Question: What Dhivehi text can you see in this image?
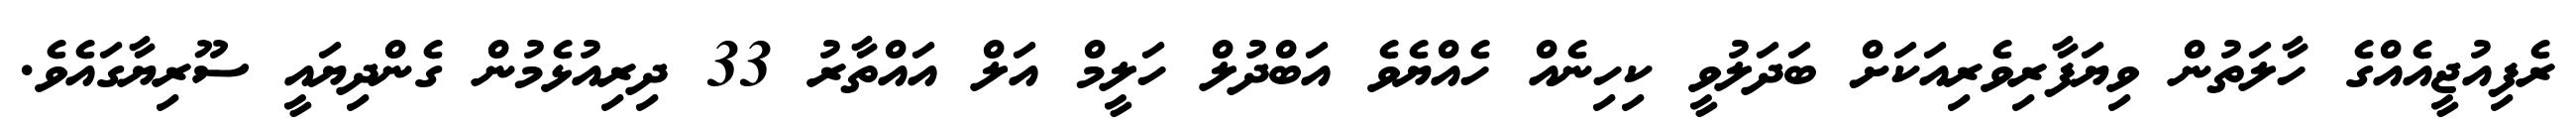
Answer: ރެފިއުޖީއެއްގެ ހާލަތުން ވިޔަފާރިވެރިއަކަށް ބަދަލުވީ ކިހިނެއް ހެއްޔެވެ އަބްދުލް ހަލީމް އަލް އައްތާރު 33 ދިރިއުޅެމުން ގެންދިޔައީ ސޫރިޔާގައެވެ.